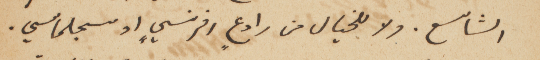
الشاسع. ولا للخيال من رادعٍ افرنسيٍ او سجلماسي.